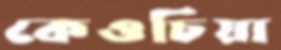
কেওচিয়া